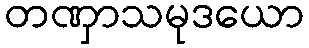
တဏှာသမုဒယော